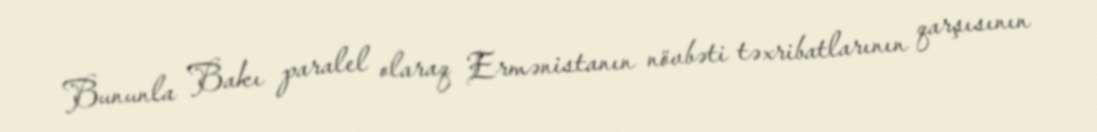
Bununla Bakı paralel olaraq Ermənistanın növbəti təxribatlarının qarşısının